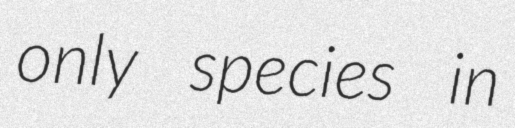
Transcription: only species in